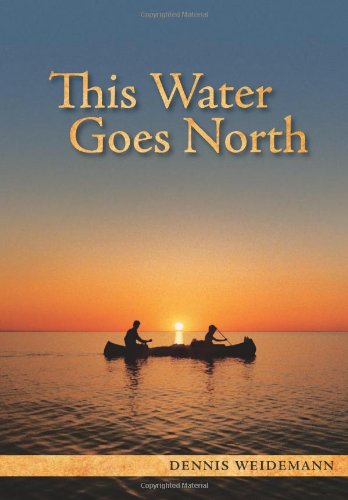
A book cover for This Water Goes North; Dennis Weidemann; Travel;